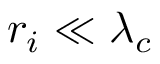
r _ { i } \ll \lambda _ { c }